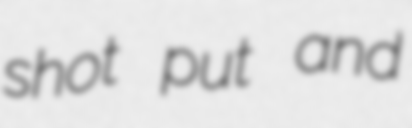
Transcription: shot put and